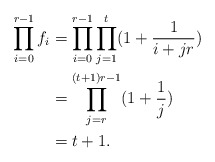
\begin{align*}\prod_{i=0}^{r-1}f_i&=\prod_{i=0}^{r-1}\prod_{j=1}^t(1+\frac{1}{i+jr})\\&=\prod_{j=r}^{(t+1)r-1}(1+\frac{1}{j})\\&=t+1.\end{align*}